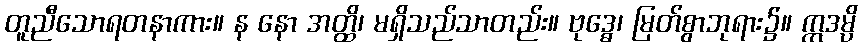
တူညီသောရတနာကား။ န နော အတ္ထိ၊ မရှိသည်သာတည်း။ ဗုဒ္ဓေ၊ မြတ်စွာဘုရား၌။ ဣဒမ္ပိ